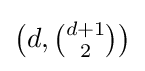
\textstyle {\big (}d,{d+1 \choose 2}{\big )}